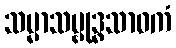
သမ္မာသမ္ဗုဒ္ဓသာဝကံ